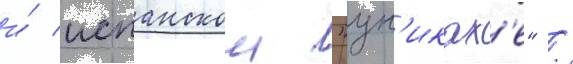
и́ испанскои "ун'иках'е" /